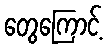
တွေကြောင့်